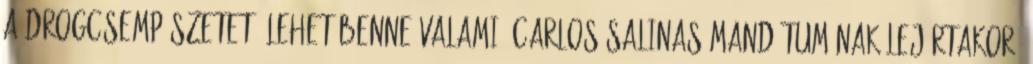
a drogcsempészetet. Lehet benne valami: Carlos Salinas mandátumának lejártakor,